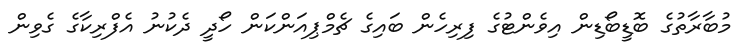
މުބާރާތުގެ ބޮޑީބޯޑިން އިވެންޓުގެ ފިރިހެން ބައިގެ ޗެމްޕިއަންކަން ހޯދީ ދެކުނު އެފްރިކާގެ ގެވިން